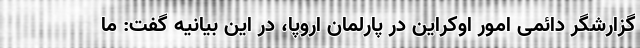
گزارشگر دائمی امور اوکراین در پارلمان اروپا، در این بیانیه گفت: ما